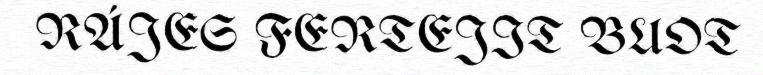
RÁJES FERTEJIT BUOT